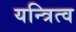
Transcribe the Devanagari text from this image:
यन्त्रित्व